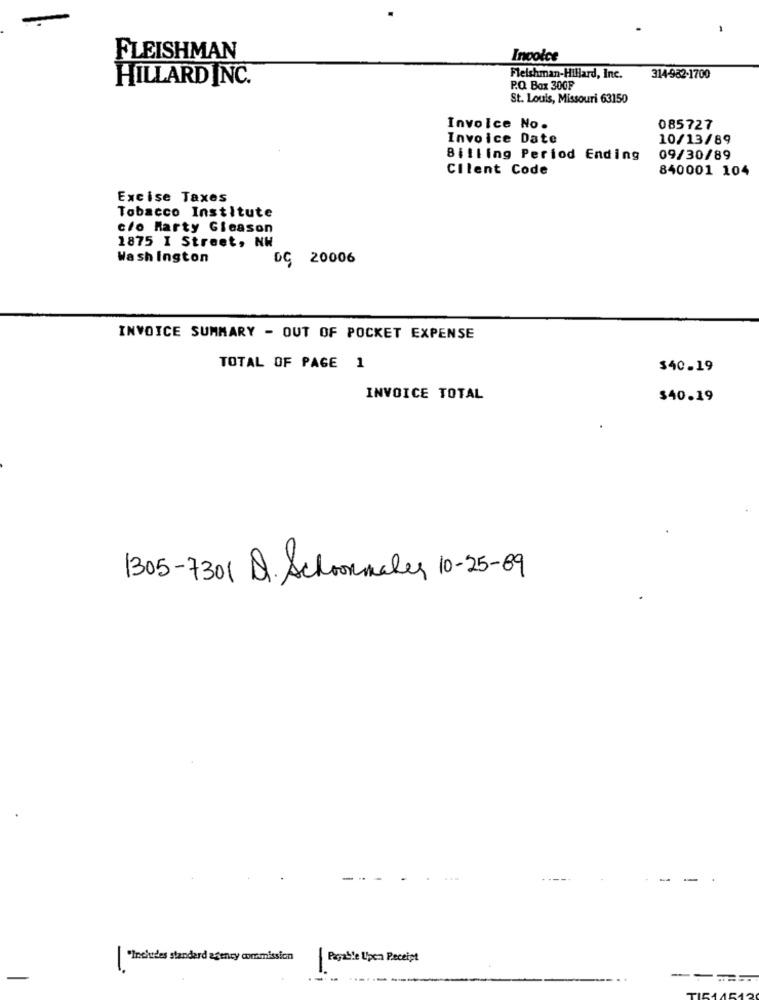
FLEISHMAN
Invoice
HILLARD INC.
Fleishman-Hillard, Inc.
314-982-1700
P.O. Box 300F
St. Louis, Missouri 63150
Invoice No.
085727
Invoice Date
10/13/89
Billing Period Ending
09/30/89
Cllent Code
840001 104
Excise Taxes
Tobacco Institute
cro Marty Gleason
1875 I Street, NW
Wa sh Ington
DC 20006
INVOICE SUMMARY - OUT OF POCKET EXPENSE
TOTAL OF PAGE 1
$40.19
INVOICE TOTAL
$40.19
1305-7301 D. Schoonmaker 10-25-09
"Inchides standerd agency commission
Payable Upon Receipt
-